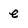
Character: e